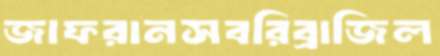
জাফরানসবরিব্রাজিল